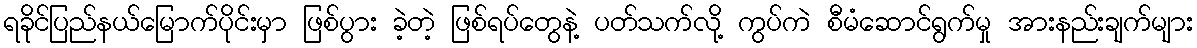
ရခိုင်ပြည်နယ်မြောက်ပိုင်းမှာ ဖြစ်ပွား ခဲ့တဲ့ ဖြစ်ရပ်တွေနဲ့ ပတ်သက်လို့ ကွပ်ကဲ စီမံဆောင်ရွက်မှု အားနည်းချက်များ